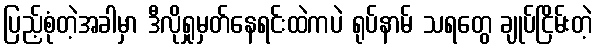
ပြည့်စုံတဲ့အခါမှာ ဒီလိုရှုမှတ်နေရင်းထဲကပဲ ရုပ်နာမ် သရတွေ ချုပ်ငြိမ်းတဲ့